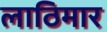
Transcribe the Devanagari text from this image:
लाठिमार